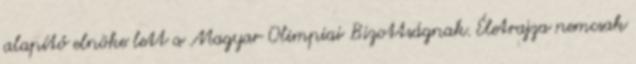
alapító elnöke lett a Magyar Olimpiai Bizottságnak. Életrajza nemcsak